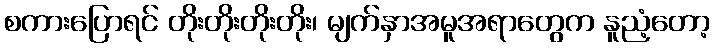
စကားပြောရင် တိုးတိုးတိုးတိုး၊ မျက်နှာအမူအရာတွေက နူညံ့တော့